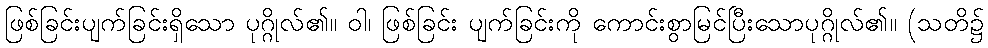
ဖြစ်ခြင်းပျက်ခြင်းရှိသော ပုဂ္ဂိုလ်၏။ ဝါ၊ ဖြစ်ခြင်း ပျက်ခြင်းကို ကောင်းစွာမြင်ပြီးသောပုဂ္ဂိုလ်၏။ (သတိ၌